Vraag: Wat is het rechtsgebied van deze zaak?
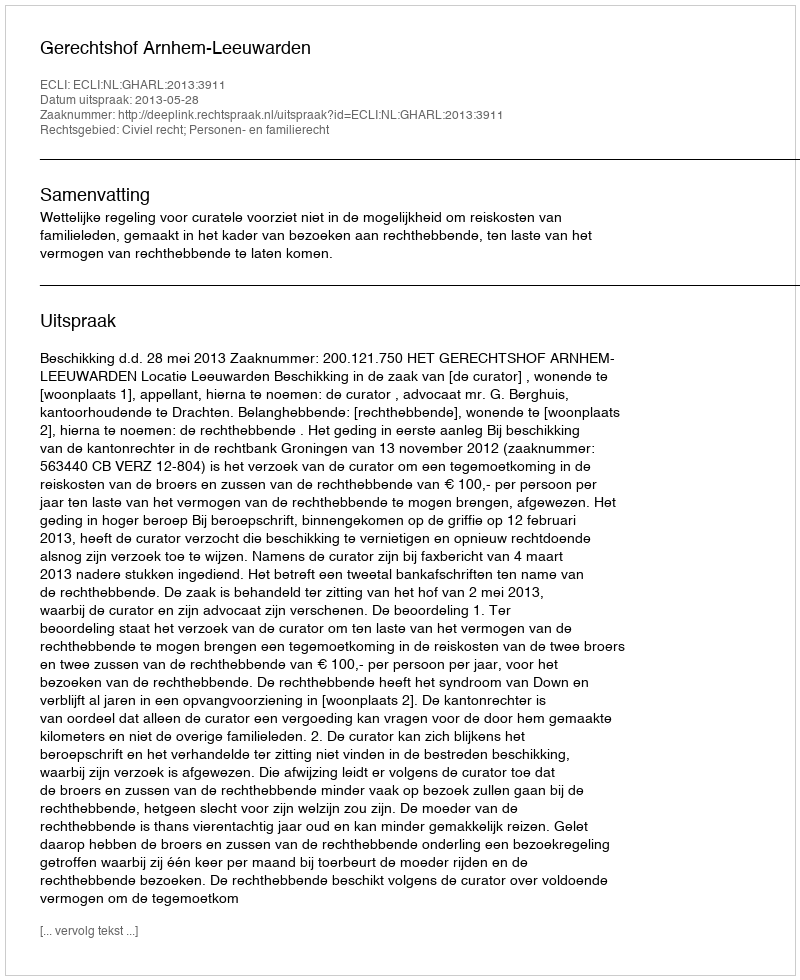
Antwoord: Civiel recht; Personen- en familierecht